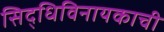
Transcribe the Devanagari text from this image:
सिद्धिविनायकाची